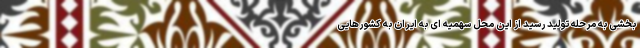
بخشی به مرحله تولید رسید از این محل سهمیه ای به ایران به کشورهایی